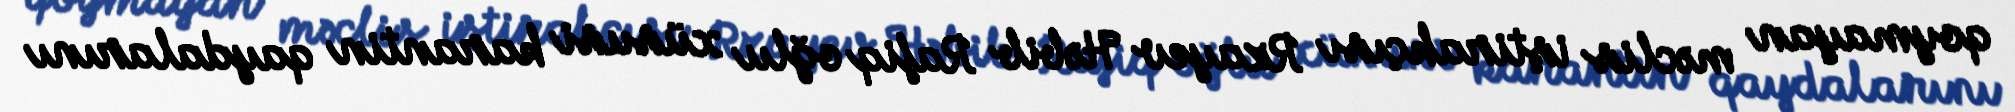
qoymayan məclis iştirakçısı Rzayev Həbib Rafiq oğlu xüsusi karantin qaydalarını